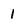
Character: 1